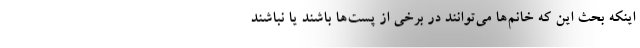
اینکه بحث این که خانم‌ها می‌توانند در برخی از پست‌ها باشند یا نباشند